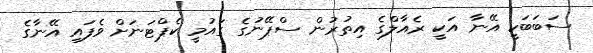
ސަބަބަކީ އޭނާ އަކީ ރެއާލްގެ އިތުރުން ސްޕޭނުގެ ގައުމީ ކެޕްޓަނަށް ވެފައި އޭނާގެ